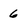
Character: 6